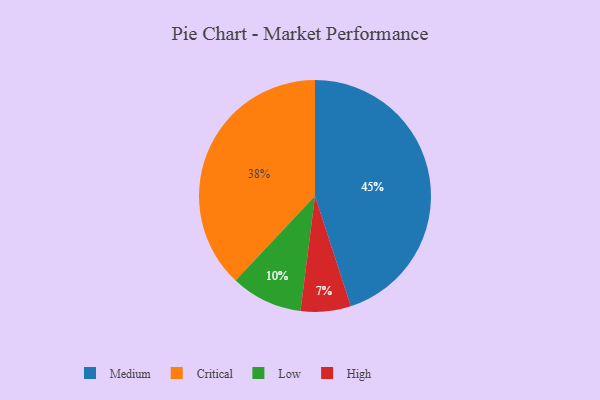
{"axis": {"x": "Category", "y": "Percentage"}, "legend": ["Critical", "High", "Low", "Medium"], "data": [{"x": "High", "y": 7, "type": "High"}, {"x": "Critical", "y": 38, "type": "Critical"}, {"x": "Medium", "y": 45, "type": "Medium"}, {"x": "Low", "y": 10, "type": "Low"}]}